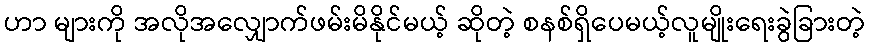
ဟာ များကို အလိုအလျှောက်ဖမ်းမိနိုင်မယ့် ဆိုတဲ့ စနစ်ရှိပေမယ့်လူမျိုးရေးခွဲခြားတဲ့